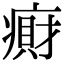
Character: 𫞭